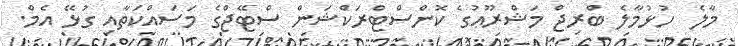
މާލެ  ހުޅުމާލެ ބްރިޖް މަޝްރޫޢުގެ ކޮންސްޓްރަކްޝަން ސްޓޭޖްގެ މަސައްކަތާއި ގުޅޭ އެމް.